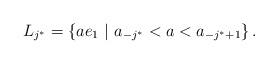
LaTeX: \begin{align*}L_{j^*} = \left\{ a e_1 ~\middle|~ a_{-j^*} < a < a_{-j^*+1} \right\}.\end{align*}